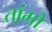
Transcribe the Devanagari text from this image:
तांगो